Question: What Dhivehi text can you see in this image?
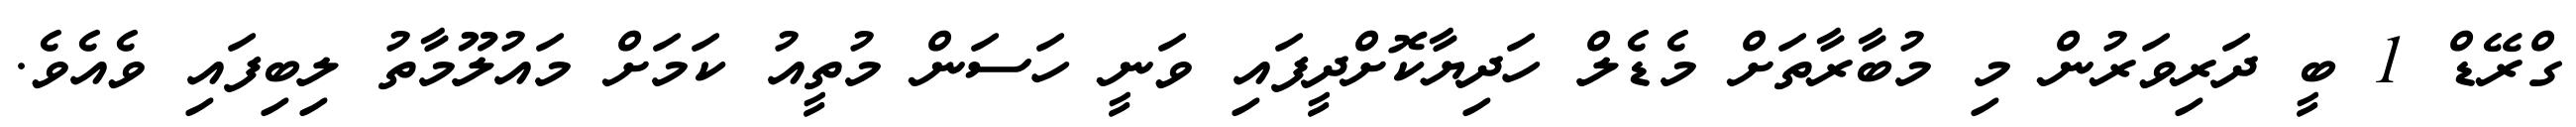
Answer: ގްރޭޑް 1 ބީ ދަރިވަރުން މި މުބާރާތަށް މެޑެލް ހަދިޔާކޮށްދީފައި ވަނީ ހަސަން މުތީއު ކަމަށް މައުލޫމާތު ލިބިފައި ވެއެވެ.